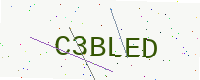
Text: C3BLED